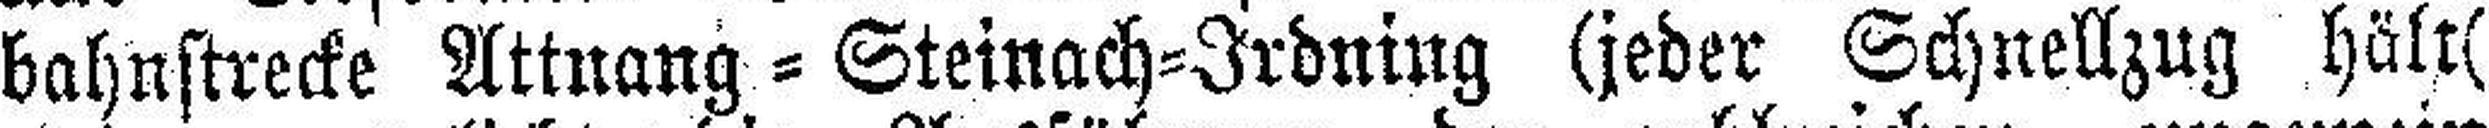
bahnstrecke Attnang - Steinach-Irdning (jeder Schnellzug hält(